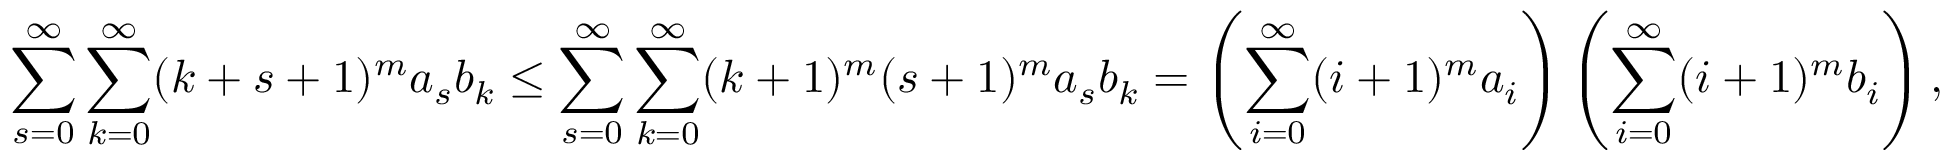
\sum _ { s = 0 } ^ { \infty } \sum _ { k = 0 } ^ { \infty } ( k + s + 1 ) ^ { m } a _ { s } b _ { k } \leq \sum _ { s = 0 } ^ { \infty } \sum _ { k = 0 } ^ { \infty } ( k + 1 ) ^ { m } ( s + 1 ) ^ { m } a _ { s } b _ { k } = \left( \sum _ { i = 0 } ^ { \infty } ( i + 1 ) ^ { m } a _ { i } \right) \left( \sum _ { i = 0 } ^ { \infty } ( i + 1 ) ^ { m } b _ { i } \right) ,